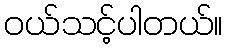
ဝယ်သင့်ပါတယ်။